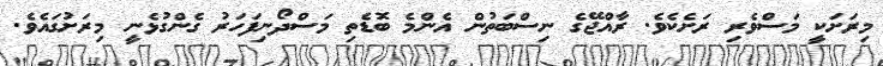
މިރަށަކީ މަސްވެރި ރަށެކެވެ. ރާއްޖޭގެ ނިސްބަތުން އެންމެ ބޮޑެތި މަސްދޯނިފަހަރު ގެންގުޅެނީ މިރަށުގައެވެ.